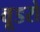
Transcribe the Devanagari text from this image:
वूडरो